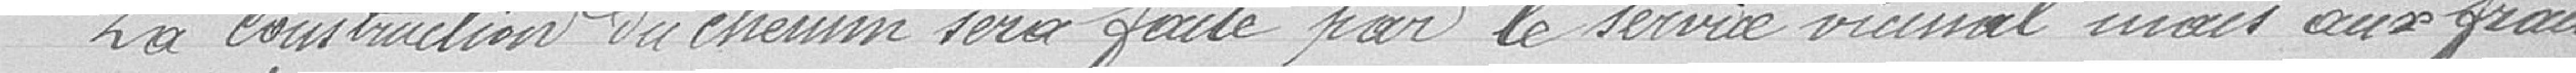
La construction du chemin sera faite par le service vicinal mais aux frais